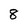
Character: 8